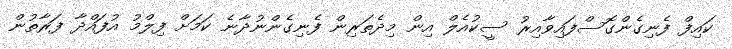
ކައިފް ފެނިގެންގޮސްފައިވާއިރު ސީކުއެލް އިން މިދެތަރިން ފެނިގެންނުދާނެ ކަމަށް ފިލްމު އުފައްދާ ފަރާތުން